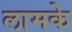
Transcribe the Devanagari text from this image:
लामके